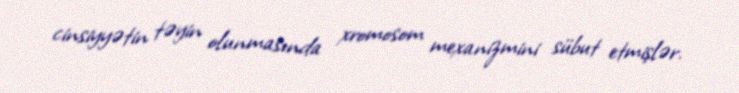
cinsiyyətin təyin olunmasında xromosom mexanizmini sübut etmişlər.